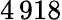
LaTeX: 4\, 918